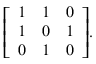
{ \left[ \begin{array} { l l l } { 1 } & { 1 } & { 0 } \\ { 1 } & { 0 } & { 1 } \\ { 0 } & { 1 } & { 0 } \end{array} \right] } .